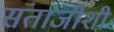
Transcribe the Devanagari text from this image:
संताजीशी